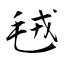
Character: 毧